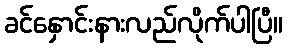
ခင်နှောင်းနားလည်လိုက်ပါပြီ။